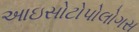
આઇસોટોપોલોગસ